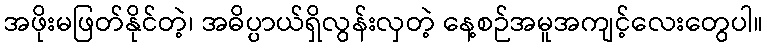
အဖိုးမဖြတ်နိုင်တဲ့၊ အဓိပ္ပာယ်ရှိလွန်းလှတဲ့ နေ့စဉ်အမူအကျင့်လေးတွေပါ။